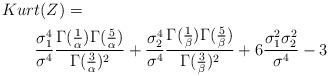
LaTeX: \begin{align*}&Kurt(Z)=\\&\qquad\frac{\sigma_1^4}{\sigma^4}\frac{\Gamma(\frac{1}{\alpha})\Gamma(\frac{5}{\alpha})}{\Gamma(\frac{3}{\alpha})^2}+\frac{\sigma_2^4}{\sigma^4}\frac{\Gamma(\frac{1}{\beta})\Gamma(\frac{5}{\beta})}{\Gamma(\frac{3}{\beta})^2}+6\frac{\sigma_1^2\sigma_2^2}{\sigma^4}-3\end{align*}